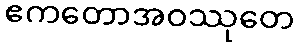
ဧကတောအဝဿုတေ